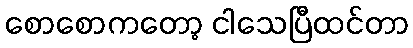
စောစောကတော့ ငါသေပြီထင်တာ